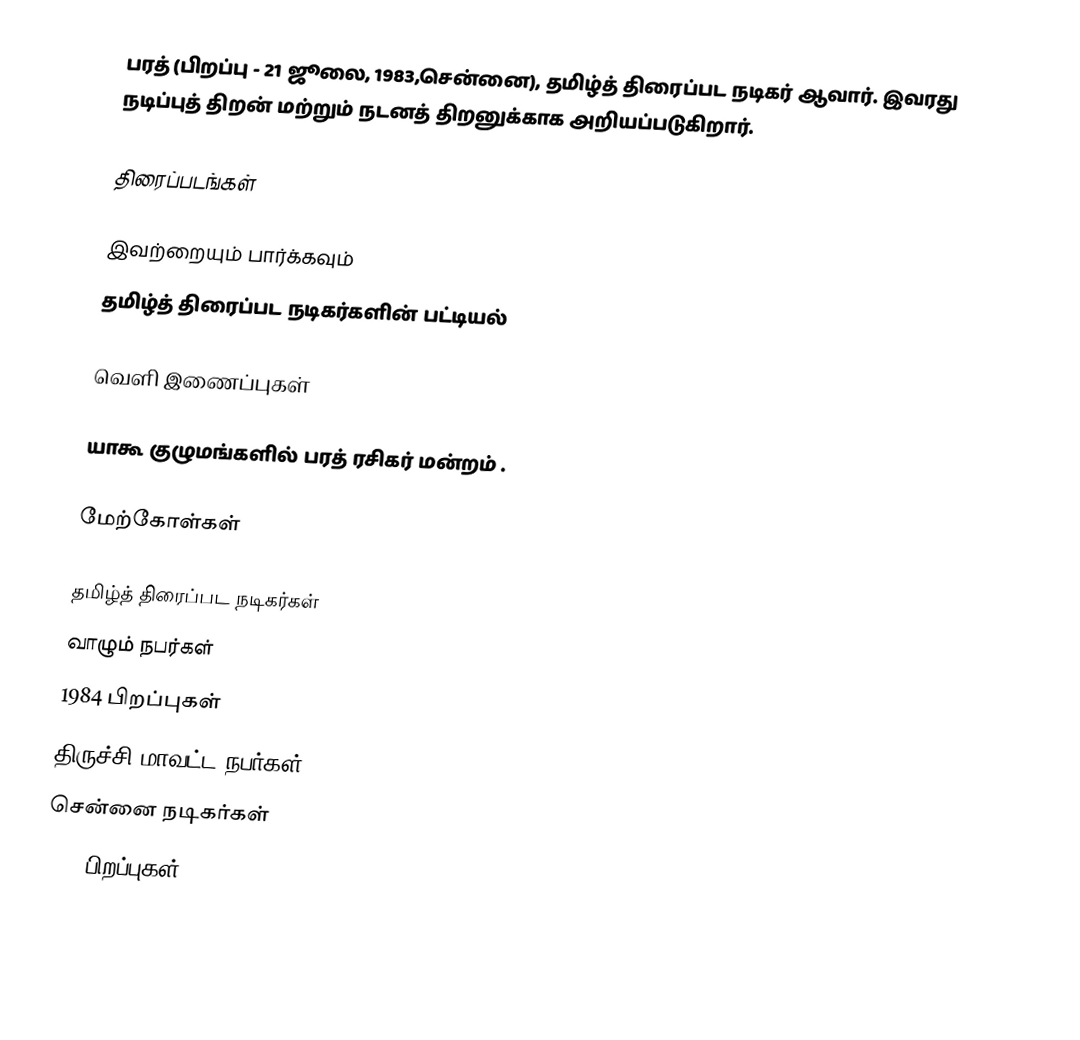
பரத் (பிறப்பு - 21 ஜூலை, 1983,சென்னை), தமிழ்த் திரைப்பட நடிகர் ஆவார். இவரது நடிப்புத் திறன் மற்றும் நடனத் திறனுக்காக அறியப்படுகிறார்.

திரைப்படங்கள்

இவற்றையும் பார்க்கவும்
 தமிழ்த் திரைப்பட நடிகர்களின் பட்டியல்

வெளி இணைப்புகள்

 யாகூ குழுமங்களில் பரத் ரசிகர் மன்றம் .

மேற்கோள்கள்

தமிழ்த் திரைப்பட நடிகர்கள்
வாழும் நபர்கள்
1984 பிறப்புகள்
திருச்சி மாவட்ட நபர்கள்
சென்னை நடிகர்கள்
1983 பிறப்புகள்